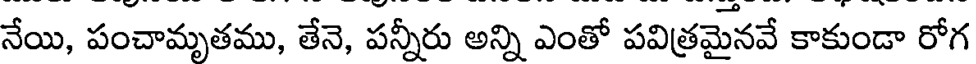
నేయి, పంచామృతము, తేనె, పన్నీరు అన్ని ఎంతో పవిత్రమైనవే కాకుండా రోగ